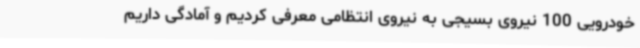
خودرویی 100 نیروی بسیجی به نیروی انتظامی معرفی کردیم و آمادگی داریم